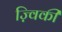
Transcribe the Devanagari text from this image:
ज़्विकी